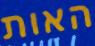
האות